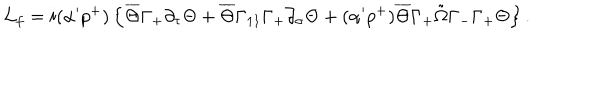
LaTeX: { \cal L } _ { f } = i ( \alpha ^ { \prime } p ^ { + } ) \left\{ \overline { { { \Theta } } } \Gamma _ { + } \partial _ { \tau } \Theta + \overline { { { \Theta } } } \Gamma _ { 1 1 } \Gamma _ { + } \partial _ { \sigma } \Theta + ( \alpha ^ { \prime } p ^ { + } ) \overline { { { \Theta } } } \Gamma _ { + } \tilde { \Omega } \Gamma _ { - } \Gamma _ { + } \Theta \right\} .